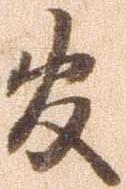
官